Bulletin of the Pasteur Institute of Southern India, Coonoor - No. 1.
Year: 1908
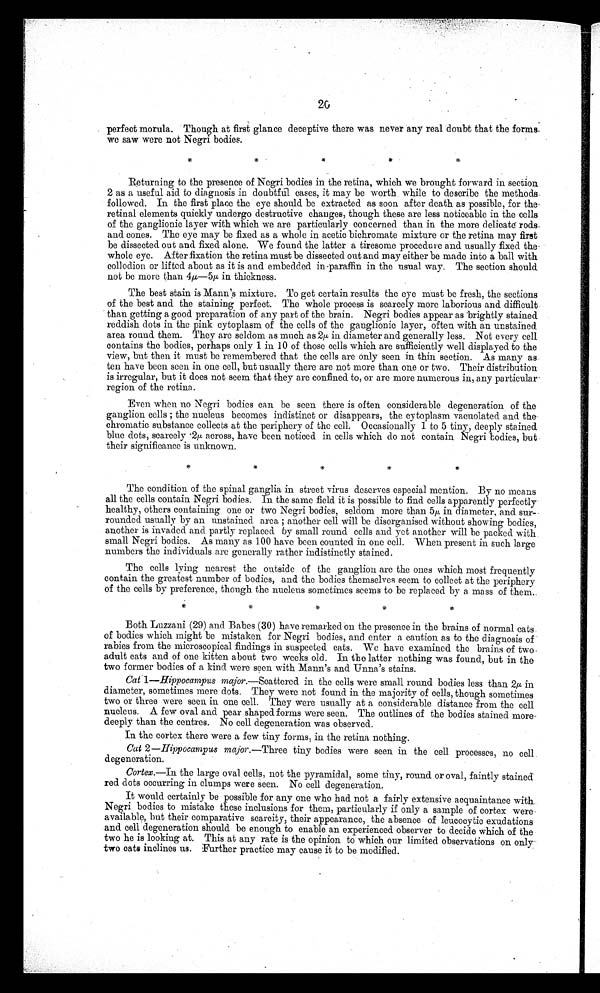
20
perfect morula. Though at first glance deceptive there was never any real doubt that the forms
we saw were not Negri bodies.
Returning to the presence of Negri bodies in the retina, which we brought forward in section
2 as a useful aid to diagnosis in doubtful cases, it may be worth. while to describe the methods
followed. In the first place the eye should be extracted as soon after death as possible, for the
retinal elements quickly undergo destructive changes, though these are less noticeable in the cells
of the ganglionic layer with which we are particularly concerned than in the more delicaté rods
and cones. The eye may be fixed as a whole in acetic bichromate mixture or the retina may first
be dissected out and fixed alone. We found the latter a tiresome procedure and usually fixed the
whole eye. After fixation the retina must be dissected out and may either be made into a ball with
collodion or lifted about as it is and embedded in paraffin in the usual way. The section should
not be more than 4µ— 5µ in thickness.
The best stain is Mann's mixture. To get certain results the eye must be fresh, the sections
of the best and the staining perfect. The whole process is scarcely more laborious and difficult
than getting a good preparation of any part of the brain. Negri bodies appear as brightly stained
reddish dots in the pink cytoplasm of the cells of the ganglionic layer, often with an unstained
area round them. They are seldom as much as 2µ in diameter and generally less. Not every cell
contains the bodies, perhaps only 1 in 10 of those cells which are sufficiently well displayed to the
view, but then. it must be remembered that the cells are only seen in thin section. As many as
ten have been seen in one cell, but usually there are not more than one or two. Their distribution
is irregular, but it does not seem that they are confined to, or are more numerous in, any particular
region of the retina.
Even when no Negri bodies can be seen there is often considerable degeneration of the
ganglion cells; the nucleus becomes indistinct or disappears, the cytoplasm vacuolated and the
chromatic substance collects at the periphery of the cell. Occasionally 1 to 5 tiny, deeply stained
blue dots, scarcely 2µ across, have been noticed in cells which do not contain Negri bodies, but
their significance is unknown.
The condition of the spinal ganglia in street virus deserves especial mention. By no means
all the cells contain Negri bodies. In the same field it is possible to find cells apparently perfectly
healthy, others containing one or two Negri bodies, seldom more than 5µ in diameter, and sur-
rounded usually by an unstained area; another cell will be disorganised without showing bodies,
another is invaded and partly replaced. by small round cells and yet another will be packed with
small Negri bodies. As many as 100 have been counted in one cell. When present in such large
numbers the individuals are generally rather indistinctly stained.
The cells lying nearest the outside of the ganglion are the ones which most frequently
contain the greatest number of bodies, and the bodies themselves seem to collect at the periphery
of the cells by preference, though the nucleus sometimes seems to be replaced by a. mass of them.
Both Luzzani (29) and Babes (30) have remarked on the presence in the brains of normal cats
of bodies which might be mistaken for Negri bodies, and. enter a caution as to the diagnosis of
rabies from the microscopical findings in suspected cats. We have examined the brains of two
adult cats and of one kitten about two weeks old. In the latter nothing was found, but in the
two former bodies of a kind were seen with Mann's and Unna's stains.
Cat 1—Hippocampus major. —Scattered in the cells were small round bodies less than 2µ in
diameter, sometimes mere dots. They were not found in the majority of cells, though sometimes
two or three were seen in one cell. They were usually at a considerable distance from the cell
nucleus. A few oval and pear shaped. forms were seen. The outlines of the bodies stained more
-deeply than the centres. No cell degeneration was observed.
In the cortex there were a few tiny forms, in the retina nothing.
Cat 2 —Hippocampus major.—Three tiny bodies were seen in the cell processes, no cell
degeneration.
Cortex.—In the large oval cells, not the pyramidal, some tiny, round or oval, faintly stained
red dots occurring in clumps were seen. No cell degeneration.
It would certainly be possible for any one who had not a fairly extensive acquaintance with.
Negri bodies to mistake these inclusions for them, particularly if only a sample of cortex were
available, but their comparative scarcity, their appearance, the absence of leucocytic exudations
and cell degeneration should. be enough to enable an experienced observer to decide which of the
two he is looking at. This at any rate is the opinion to which our limited observations on only
two oats inclines us. Further practice may cause it to be modified.